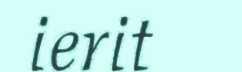
ierit